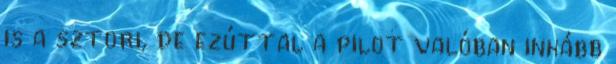
is a sztori, de ezúttal a pilot valóban inkább